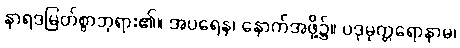
နာရဒမြတ်စွာဘုရား၏။ အပရေန၊ နောက်အဖို့၌။ ပဒုမုတ္တရောနာမ၊